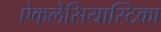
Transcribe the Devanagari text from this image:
ऐकलेसियास्टिका